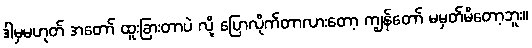
ဒါမှမဟုတ် အတော် ထူးခြားတာပဲ လို့ ပြောလိုက်တာလားတော့ ကျွန်တော် မမှတ်မိတော့ဘူး။